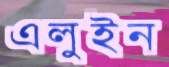
এলুইন